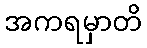
အကရမှာတိ